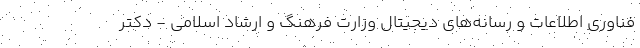
فنّاوری اطلاعات و رسانه‌های دیجیتال وزارت فرهنگ و ارشاد اسلامی - دکتر